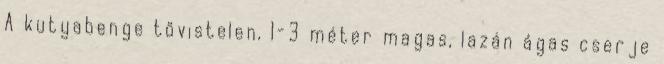
A kutyabenge tövistelen, 1-3 méter magas, lazán ágas cserje